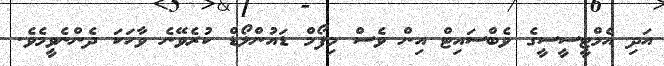
އަދި އެމްޓީސީސީގެ ވެބްސައިޓް އިން ވެސް މިފޯމް ޑައުންލޯޑް ކުރެވޭނެ ވާހަކަ ދެންނެވީމެވެ.